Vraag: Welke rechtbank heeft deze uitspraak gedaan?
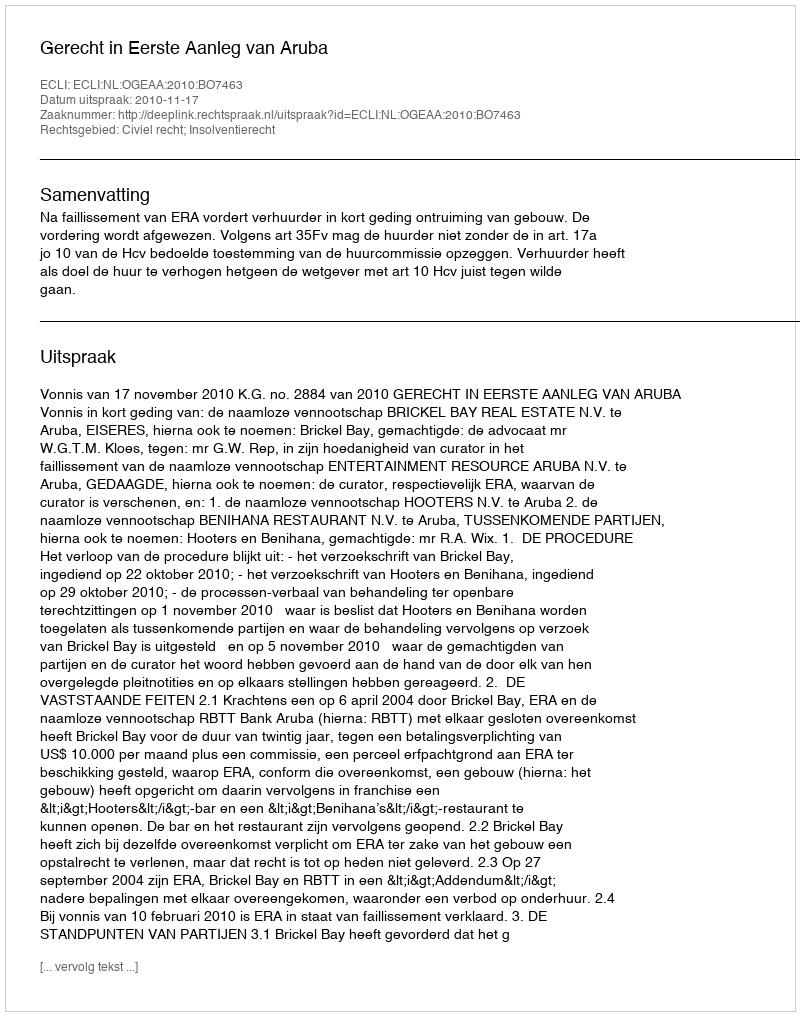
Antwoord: Gerecht in Eerste Aanleg van Aruba